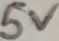
Text: 5V